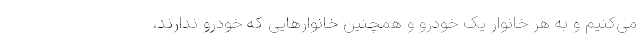
می‌کنیم و به هر خانوار یک خودرو و همچنین خانوارهایی که خودرو ندارند،